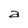
Character: a